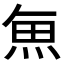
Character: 𮫯